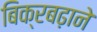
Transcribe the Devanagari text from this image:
बिक्रबढ़ाने